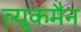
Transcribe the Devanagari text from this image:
ल्यूकमैन